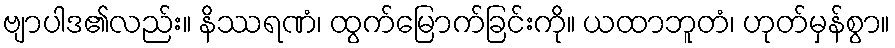
ဗျာပါဒ၏လည်း။ နိဿရဏံ၊ ထွက်မြောက်ခြင်းကို။ ယထာဘူတံ၊ ဟုတ်မှန်စွာ။